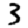
Digit: 3